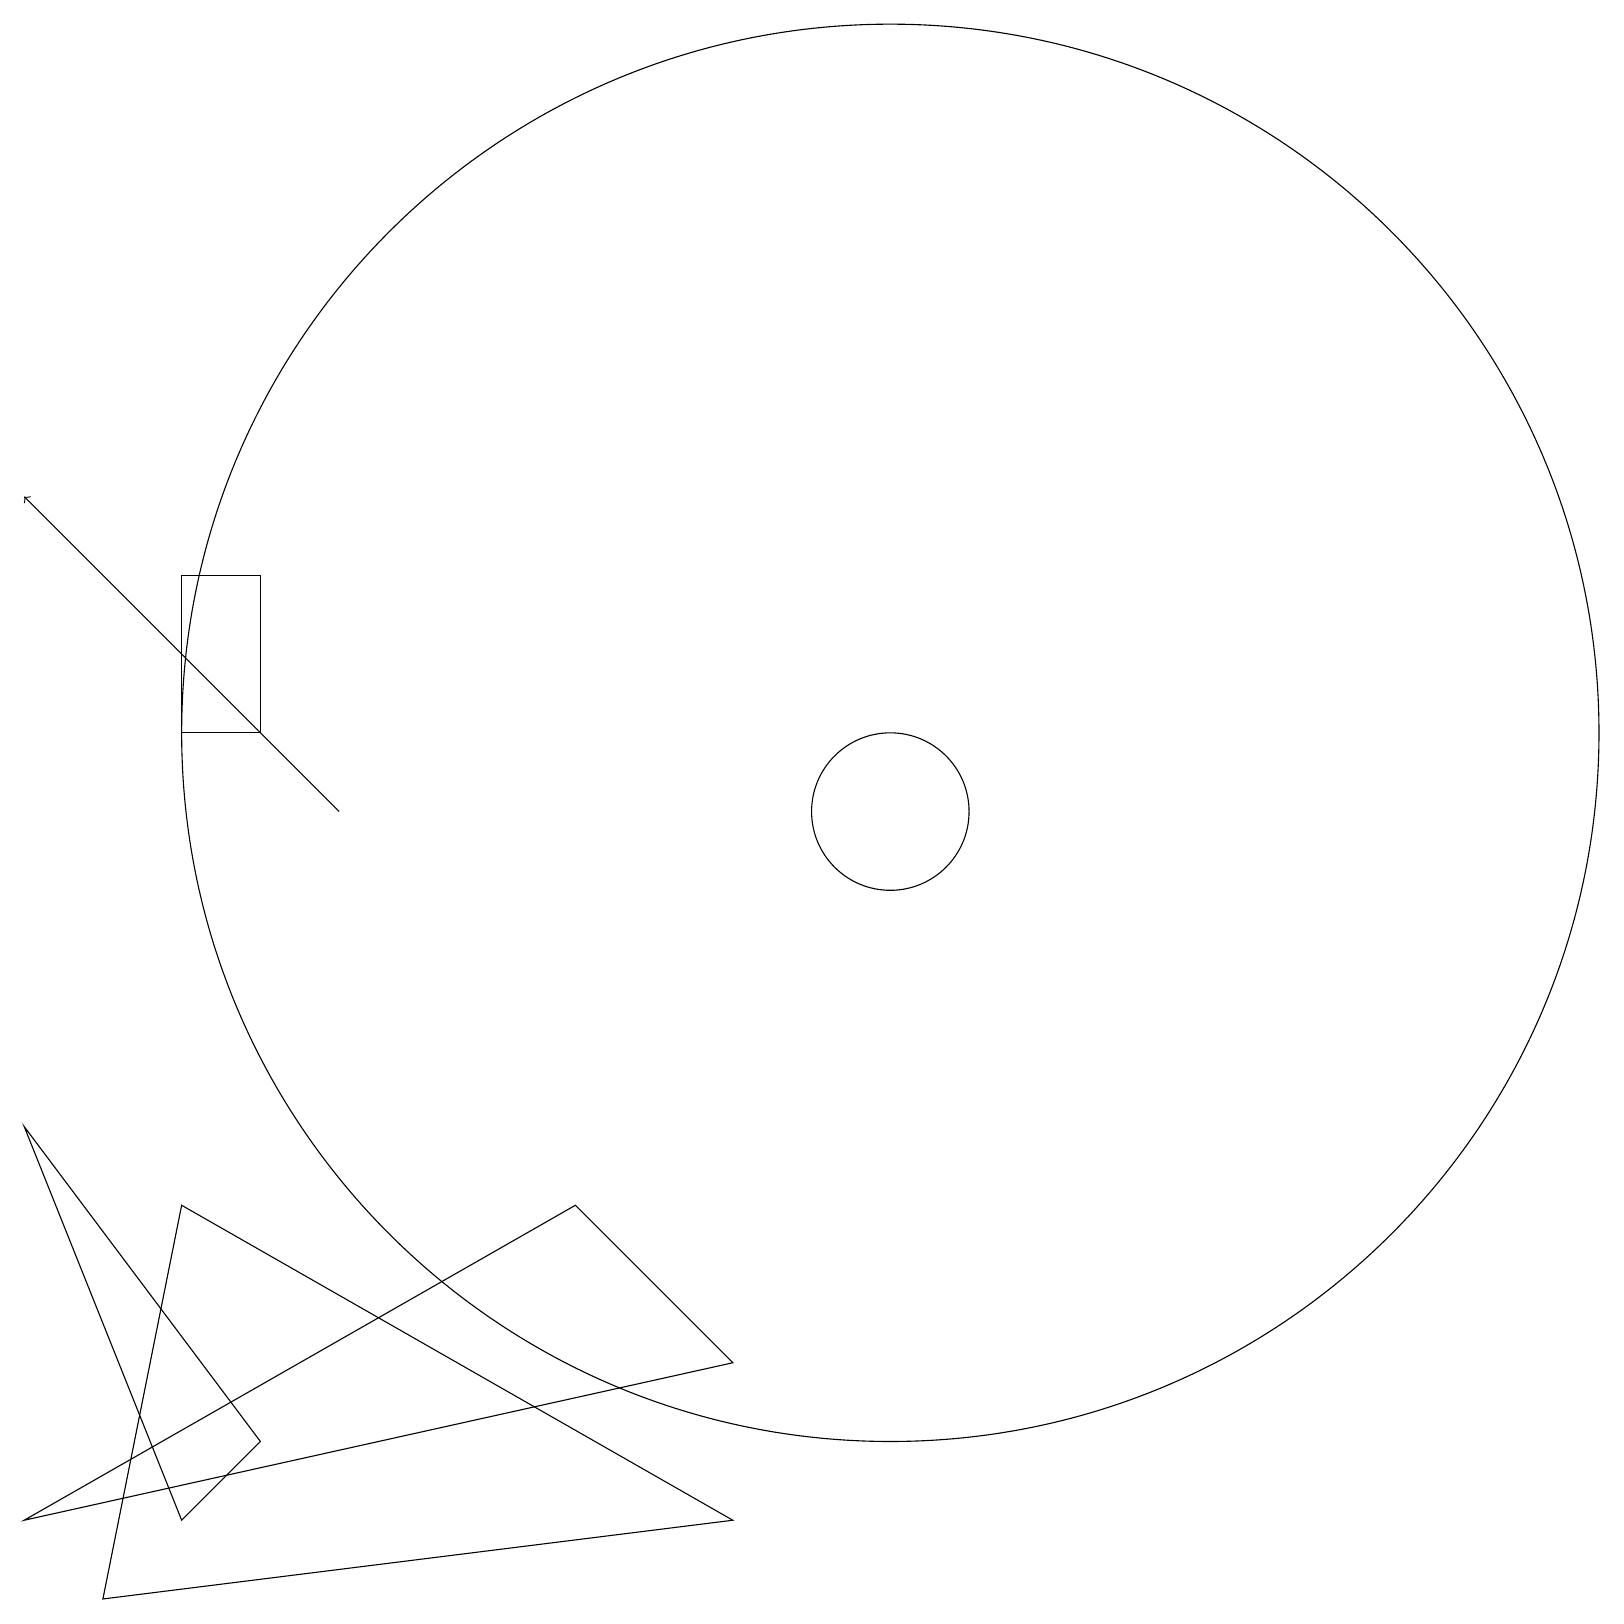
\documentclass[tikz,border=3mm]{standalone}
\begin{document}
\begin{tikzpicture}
\draw (11,10) circle (1);
\draw (2,13) rectangle (3,11);
\draw[->] (4,10) -- (0,14);
\draw (9,1) -- (2,5) -- (1,0) -- cycle;
\draw (7,5) -- (9,3) -- (0,1) -- cycle;
\draw (11,11) circle (9);
\draw (2,1) -- (3,2) -- (0,6) -- cycle;
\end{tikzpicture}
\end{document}